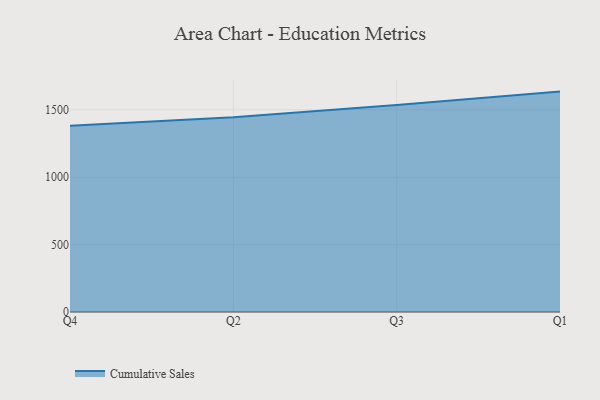
{"axis": {"x": "Quarter", "y": "Energy Usage (MWh)"}, "legend": ["Cumulative Sales"], "data": [{"x": "Q4", "y": 1382.1, "type": "Cumulative Sales"}, {"x": "Q2", "y": 1444.4, "type": "Cumulative Sales"}, {"x": "Q3", "y": 1535.1, "type": "Cumulative Sales"}, {"x": "Q1", "y": 1635.1, "type": "Cumulative Sales"}]}